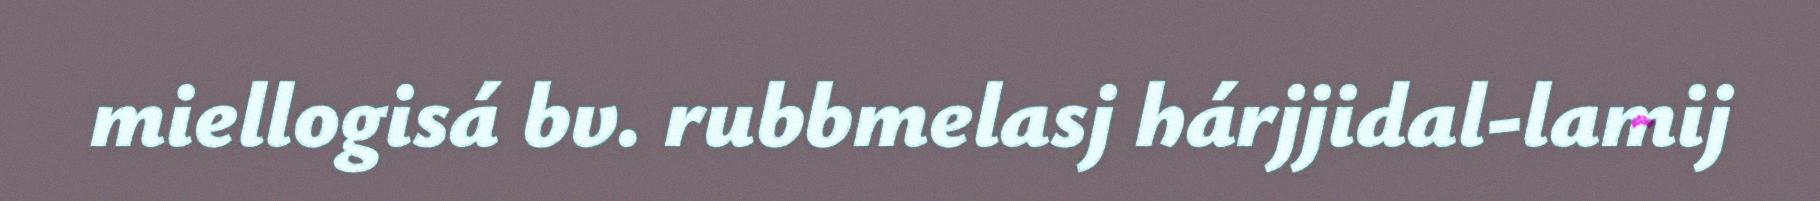
miellogisá bv. rubbmelasj hárjjidal-lamij